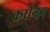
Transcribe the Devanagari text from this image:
करीन्द्रन